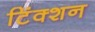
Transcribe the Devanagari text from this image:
टिंक्शन